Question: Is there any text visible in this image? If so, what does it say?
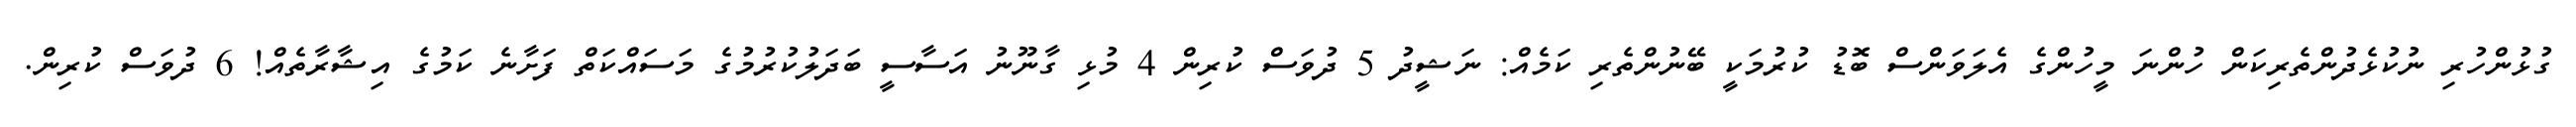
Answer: ގުޅުންހުރި ނުކުޅެދުންތެރިކަން ހުންނަ މީހުންގެ އެލަވަންސް ބޮޑު ކުރުމަކީ ބޭނުންތެރި ކަމެއް: ނަޝީދު 5 ދުވަސް ކުރިން 4 މުޅި ގާނޫނު އަސާސީ ބަދަލުކުރުމުގެ މަސައްކަތް ފަށާނެ ކަމުގެ އިޝާރާތެއް! 6 ދުވަސް ކުރިން.